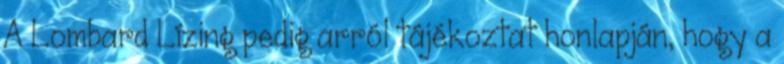
A Lombard Lízing pedig arról tájékoztat honlapján, hogy a